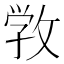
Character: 敩